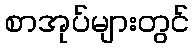
စာအုပ်များတွင်